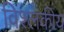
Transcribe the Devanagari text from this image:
विश्लकीय